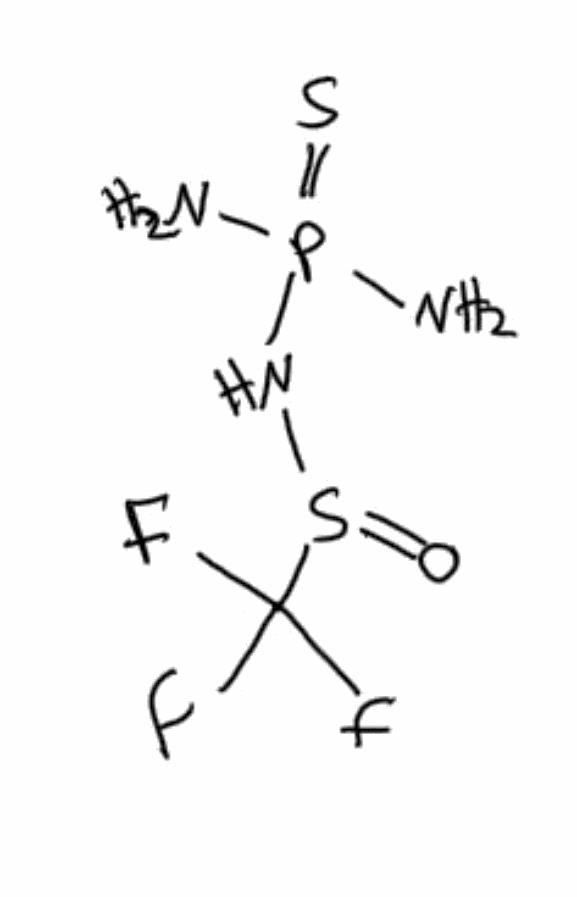
Simplified molecular-input line-entry system (SMILES) notation of the given molecule:
[2H]S(=C(C)[O-])([2H])([2H])[2H]